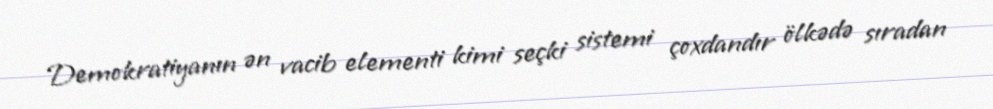
Demokratiyanın ən vacib elementi kimi seçki sistemi çoxdandır ölkədə sıradan